Indian journal of veterinary science and animal husbandry - Volume 12,
Year: 1942
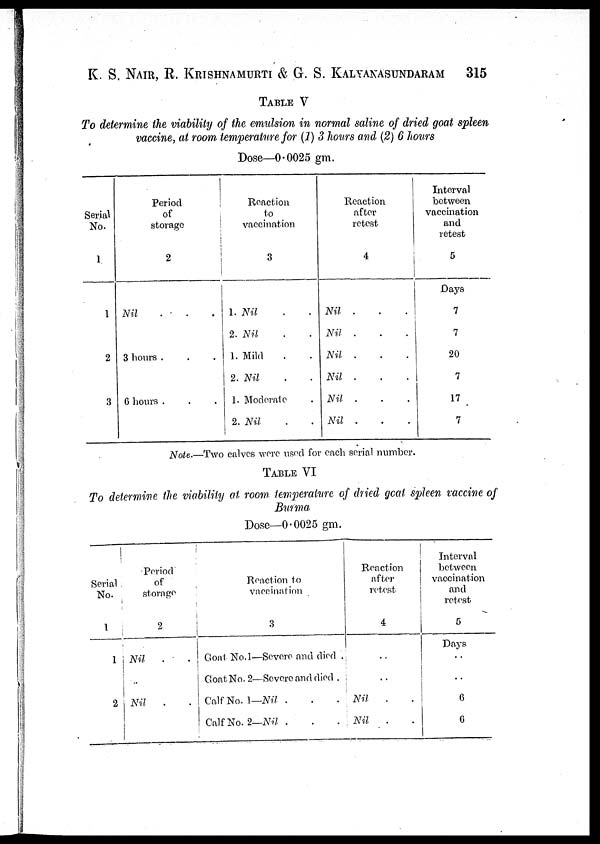
K. S. NAIR, R. KRISHNAMURTI & G. S. KALYANASUNDARAM 315
TABLE V
To determine the viability of the emulsion in normal saline of dried goat spleen
vaccine, at room, temperature for (1) 3 hours and (2) 6 hours
Dose—0.0025 gm.
Serial
No.
1
1
2
3
Period
;
Of
storage
'
2
Nil . . .
3 hours . . .
6 hours . . .
Reaction
to
vaccination
3
1. Nil . .
2. Nil . .
1. Mild . .
2. Nil . .
1. Moderate .
2. Nil . .
Reaction
after
retest
4
Nil . . .
Nil . . .
Nil . . .
Nil . . .
Nil . . .
Nil . . .
Interval
between
vaccination
and
retest
5
Days
7
7
20
7
17
7
Note.—Two calves were used for each serial number.
TABLE VI
To determine the viability at room temperature of dried goat spleen vaccine of
Burma
Dose—0.0025 gm.
Serial .
No.
1
1
2
Period
of
storage
2
Nil
.
.
Nil . .
Reaction to
vaccination
3
Goat No.1—Severe and died .
Goat No 2—Severe and died .
Calf No.1— Nil . . .
Calf No.2—Nil . . .
Reaction
after
retest
4
..
..
Nil . .
Nil . .
Interval
between
vaccination
and
retest
5
Days
..
..
6
6